Vaccination in Bombay 1863-1868 - 1863-1868
Year: 1863
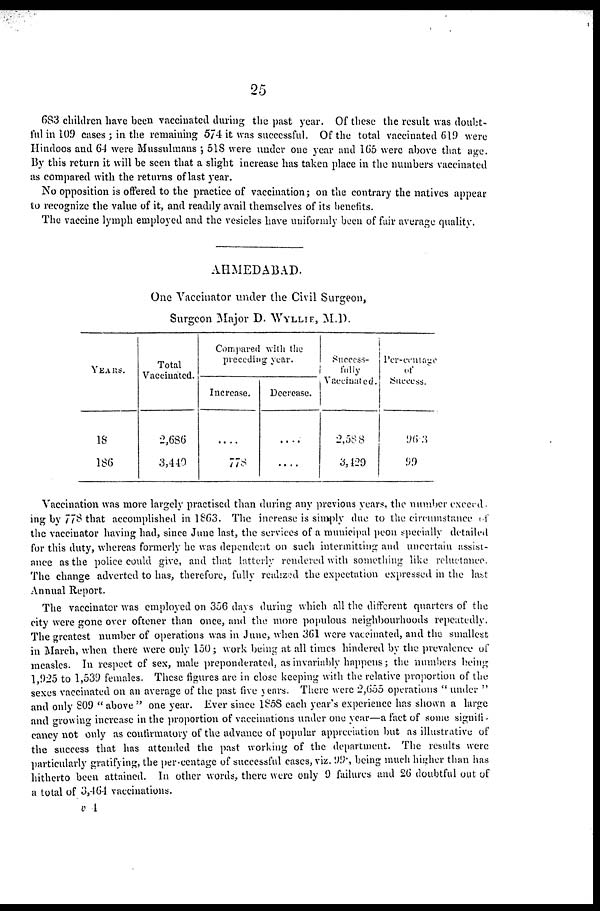
25
683 children have been vaccinated during the past year. Of these the result was doubt-
ful in 109 cases ; in the remaining 574 it was successful. Of the total vaccinated 619 were
Hindoos and 64 were Mussulmans ; 518 were under one year and 165 were above that age.
By this return it will be seen that a slight increase has taken place in the numbers vaccinated
as compared with the returns of last year.
No opposition is offered to the practice of vaccination; on the contrary the natives appear
to recognize the value of it, and readily avail themselves of its benefits.
The vaccine lymph employed and the vesicles have uniformly been of fair average quality.
AHMEDABAD.
One Vaccinator under the Civil Surgeon,
Surgeon Major D. WYLLIE, M.D.
YEARS.
1863
1864
Total
Vaccinated.
2,686
3,440
Compared with the
preceding year.
Increase.
....
778
Decrease.
....
....
Success¬
fully
Vaccinated.
2,588
3,429
Per-centage
of
Success.
96.3
99
Vaccination was more largely practised than during any previous years, the number exceed
ing by 778 that accomplished in 1863. The increase is simply due to the circumstance of
the vaccinator having had, since June last, the services of a municipal peon specially detailed
for this duty, whereas formerly he was dependent on such intermitting and uncertain assist-
ance as the police could give, and that latterly rendered with something like reluctance.
The change adverted to has, therefore, fully realized the expectation expressed in the last
Annual Report.
The vaccinator was employed on 356 days during which all the different quarters of the
city were gone over oftener than once, and the more populous neighbourhoods repeatedly.
The greatest number of operations was in June, when 361 were vaccinated, and the smallest
in March, when there were only 150; work being at all times hindered by the prevalence of
measles. In respect of sex, male preponderated, as invariably happens; the numbers being
1,925 to 1,539 females. These figures are in close keeping with the relative proportion of the
sexes vaccinated on an average of the past five years. There were 2,655 operations " under "
and only 809 " above " one year. Ever since 1858 each year's experience has shown a large
and growing increase in the proportion of vaccinations under one year—a fact of some signifi¬
cancy not only as confirmatory of the advance of popular appreciation but as illustrative of
the success that has attended the past working of the department. The results were
particularly gratifying, the per-centage of successful cases, viz. 99; being much higher than has
hitherto been attained. In other words, there were only 9 failures and 26 doubtful out of
a total of 3,464 vaccinations.
v 4